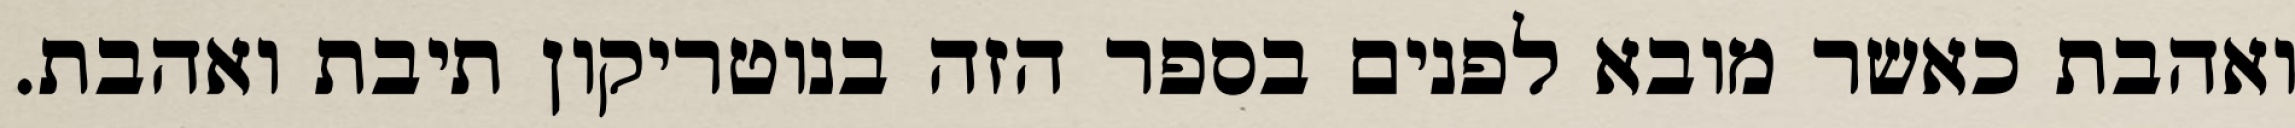
ואהבת כאשר מובא לפנים בספר הזה בנוטריקון תיבת ואהבת.